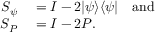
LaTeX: \begin{array} { r l } { S _ { \psi } } & { { } = I - 2 | \psi \rangle \langle \psi | \quad { \mathrm { a n d } } } \\ { S _ { P } } & { { } = I - 2 P . } \end{array}